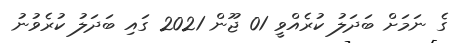
ގެ ނަމަށް ބަދަލު ކުރެއްވީ 01 ޖޫން 2021 ގައި ބަދަލު ކުރެވުނު